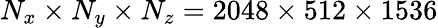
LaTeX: N_{x}\times N_{y}\times N_{z}=2048\times 512\times 1536